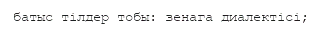
батыс тілдер тобы: зенага диалектісі;